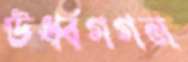
ঊর্ধ্বগগন